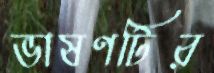
ভাষণটির